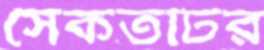
সৈকতটির